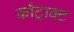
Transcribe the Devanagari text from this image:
काँट्राक्ट